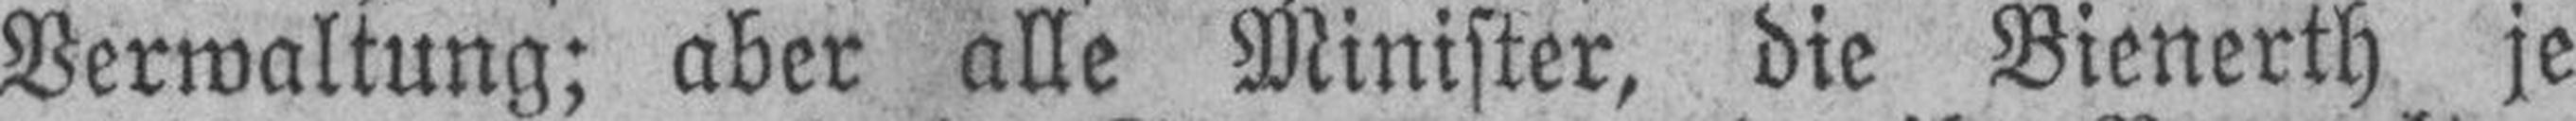
Verwaltung; aber alle Minister, die Bienerth je